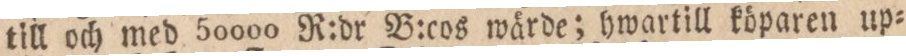
till och med 50000 R:dr B:cos wärde; hwartill köparen up=